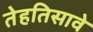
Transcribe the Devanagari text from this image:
तेहतिसावे